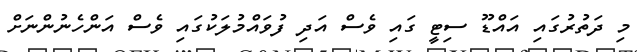
މި ދަތުރުގައި އައްޑޫ ސިޓީ ގައި ވެސް އަދި ފުވައްމުލަކުގައި ވެސް އަންހެނުންނަށް